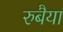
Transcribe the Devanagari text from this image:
रुबैया